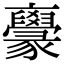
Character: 𠆟